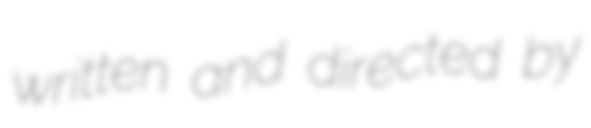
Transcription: written and directed by